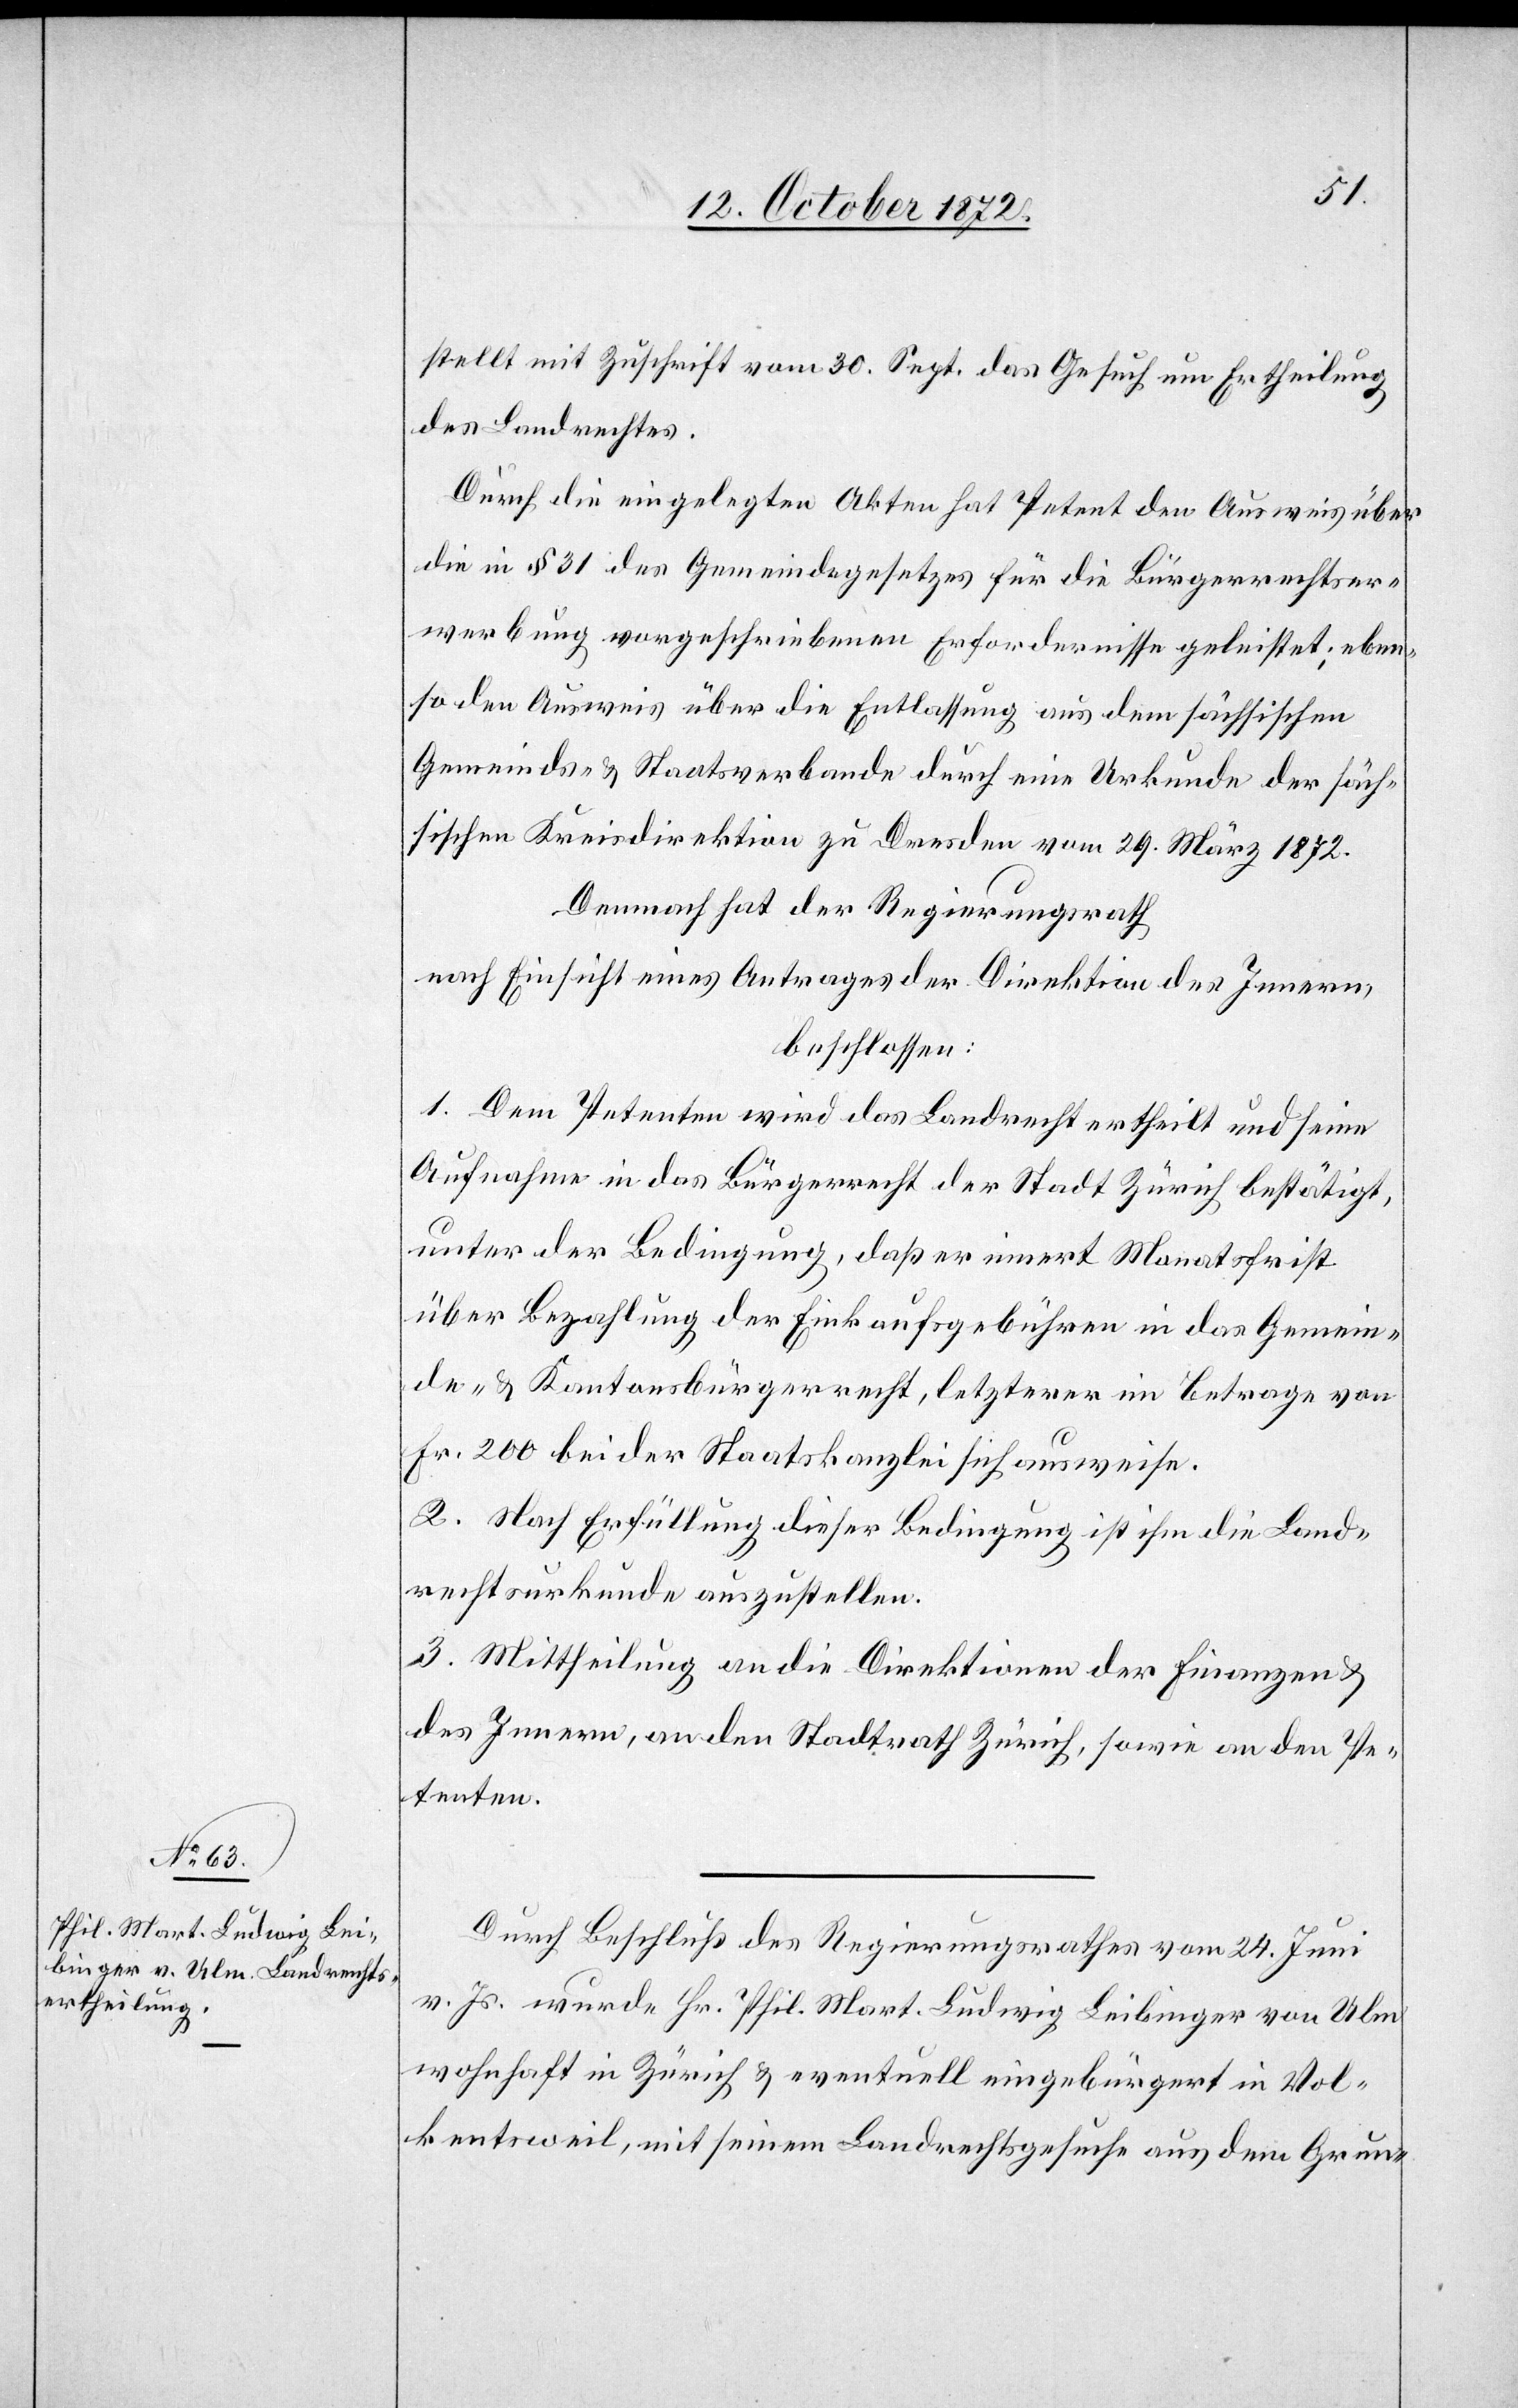
stellt mit Zuschrift vom 30. Sept. das Gesuch um Ertheilung
des Landrechtes.
Durch die eingelegten Akten hat Petent den Ausweis über
die in § 31 des Gemeindegesetzes für die Bürgerrechtser¬
werbung vorgeschriebenen Erfordernisse geleistet; eben¬
so den Ausweis über die Entlassung aus dem sächsischen
Gemeinds- u. Staatsverbande durch eine Urkunde der säch¬
sischen Kreisdirektion zu Dresden vom 29. März 1872.
Demnach hat der Regierungsrath
nach Einsicht eines Antrages der Direktion des Innern,
beschlossen:
1. Dem Petenten wird das Landrecht ertheilt und seine
Aufnahme in das Bürgerrecht der Stadt Zürich bestätigt,
unter der Bedingung, daß er innert Monatsfrist
über Bezahlung der Einkaufsgebühren in das Gemein¬
de- u. Kantonsbürgerrecht, letzterer im Betrage von
Fr. 200 bei der Staatskanzlei sich ausweise.
2. Nach Erfüllung dieser Bedingung ist ihm die Land¬
rechtsurkunde auszustellen.
3. Mittheilung an die Direktionen der Finanzen u.
des Innern, an den Stadtrath Zürich, sowie an den Pe¬
tenten.
Durch Beschluß des Regierungsrathes vom 24. Juni
v. Js. wurde Hr. Phil. Mart. Ludwig Leibinger von Ulm
wohnhaft in Zürich u. eventuell eingebürgert in Vol¬
kentsweil, mit seinem Landrechtsgesuche aus dem Grun-